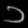
Digit: ၁